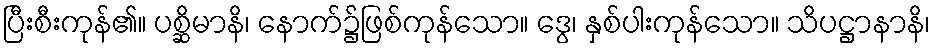
ပြီးစီးကုန်၏။ ပစ္ဆိမာနိ၊ နောက်၌ဖြစ်ကုန်သော။ ဒွေ၊ နှစ်ပါးကုန်သော။ သိပဋ္ဌာနာနိ၊